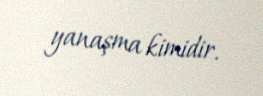
yanaşma kimidir.